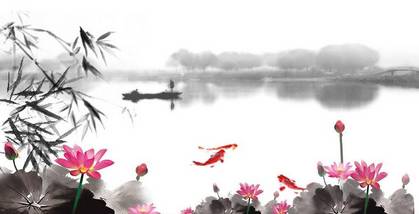
午梦扁舟花底，香满西湖烟水。